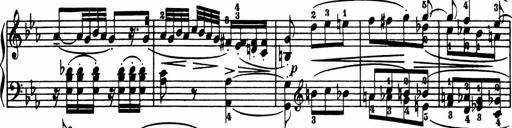
Title: Sonatina in G major
Composer: Friedrich Kuhlau
Key: G major